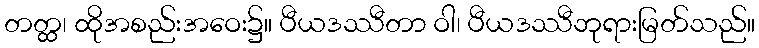
တတ္ထ၊ ထိုအစည်းအဝေး၌။ ပီယဒဿီတာ ဝါ၊ ပီယဒဿီဘုရားမြတ်သည်။